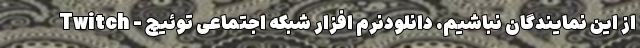
از این نمایندگان نباشیم. دانلودنرم افزار شبکه اجتماعی توئيچ - Twitch